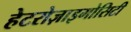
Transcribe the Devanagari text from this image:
हेटरोज़ाइगोसिटी